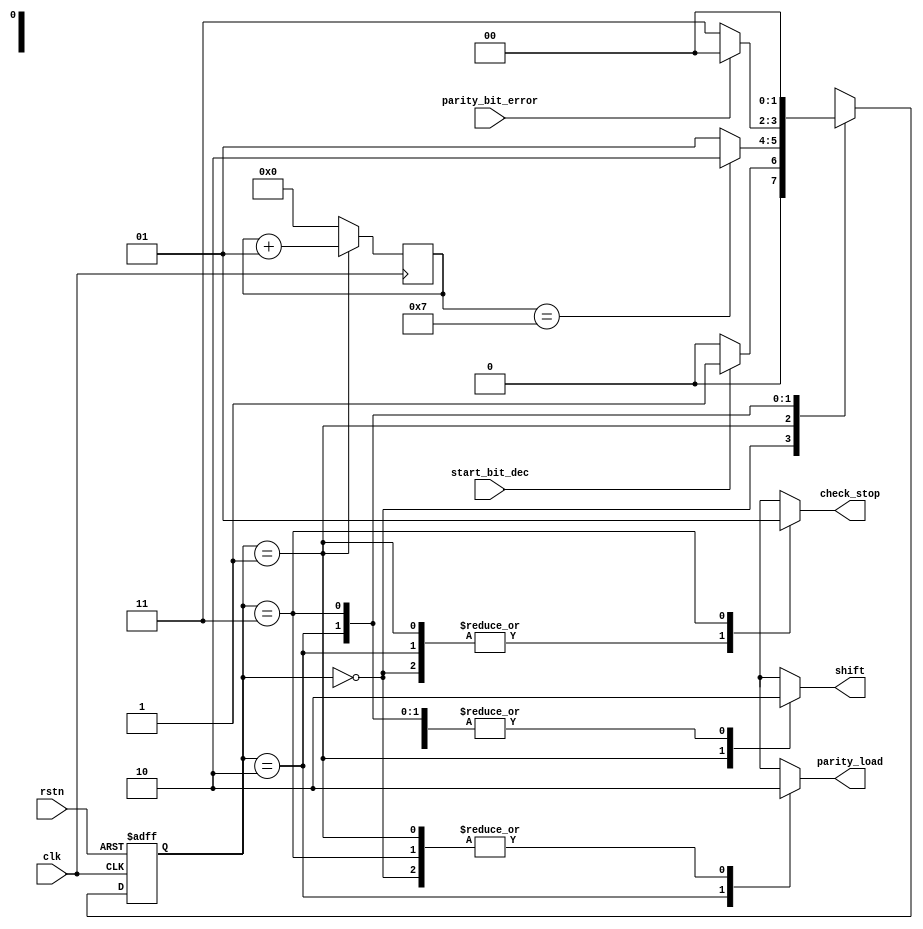

module  rx_fsm(clk ,rstn , start_bit_dec ,shift , parity_load , parity_bit_error , check_stop ) ;

input clk ,rstn  ,parity_bit_error,  start_bit_dec ;
output reg   check_stop ,  shift ,parity_load ;

 reg [1:0] state , n_state ;
integer count ;
parameter IDLE= 0  , DATA =1 , PARITY_BIT=2 , STOP_BIT=3  ;




always @(*)
begin

case(state)
IDLE : begin check_stop = 0 ;   
shift=0  ;
parity_load = 0 ;
n_state<=start_bit_dec?DATA:IDLE;
end

DATA:begin 
check_stop = 0  ;   
shift=1 ;
parity_load = 0 ;
if(count==7)
n_state<=PARITY_BIT ;
else
n_state<= DATA ;
end

PARITY_BIT : begin 
check_stop = 0   ;   
shift=0 ;
parity_load = 1;
n_state <=parity_bit_error ?IDLE : STOP_BIT ;
end

STOP_BIT : begin 
check_stop = 1 ;     
shift=0 ;
parity_load = 0;
n_state <=IDLE ;
end

endcase
end

always@(posedge clk , negedge rstn )
begin
if(!rstn)
state<=IDLE ;
else
state<=n_state ;
end
always@(posedge clk  )
begin
if(state== DATA)
count<= count +1 ;
else
count<= 0 ;
end

endmodule